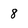
Character: 8